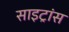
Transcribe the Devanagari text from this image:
साइट्रांस